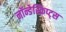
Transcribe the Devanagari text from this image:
नॉन्डेस्क्रिप्ट्स